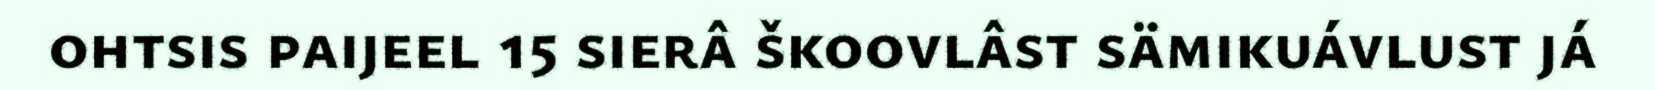
ohtsis paijeel 15 sierâ škoovlâst sämikuávlust já